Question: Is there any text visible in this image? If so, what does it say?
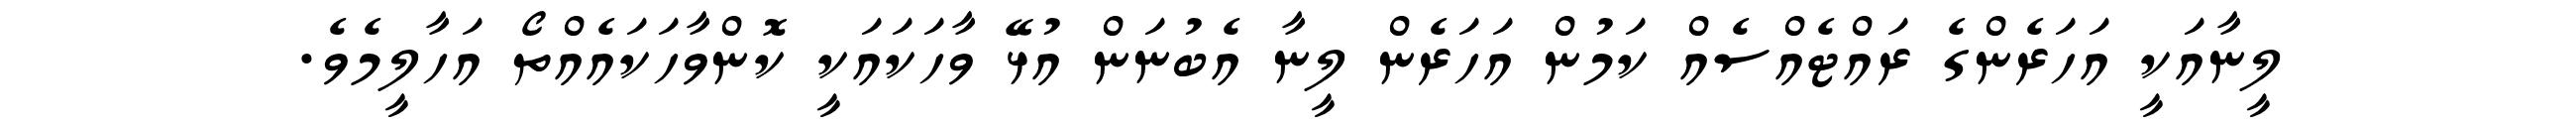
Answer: ލީނާއަކީ އަހަރެންގެ ރައްޓެއްސެއް ކަމުން އަހަރެން ލީނާ އެބުނަން އުޅޭ ވާހަކައަކީ ކޮންވާހަކައެއްތޯ އަހާލީމެވެ.